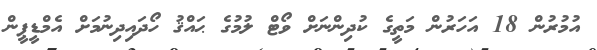
އުމުރުން 18 އަހަރުން މަތީގެ ކުދިންނަށް ވޯޓް ލުމުގެ ޙައްޤު ހޯދައިދިނުމަށް އެމްޑީޕީން